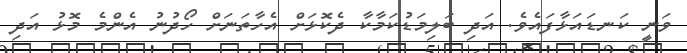
ވަނީ ކަނޑައަޅާފައެވެ. އަދި ބަލިމަޑުކަމާކާ ދެކޮޅަށް އެހާތަނަށް ހޯދުނު އެންމެ މޮޅު އަދި